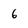
Character: 6